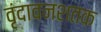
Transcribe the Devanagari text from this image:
वृंदावनशतक